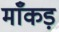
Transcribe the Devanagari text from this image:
माँकड़